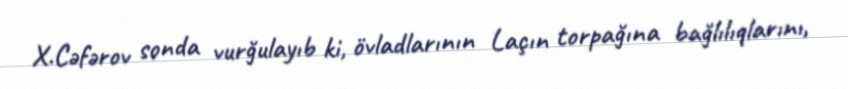
X.Cəfərov sonda vurğulayıb ki, övladlarının Laçın torpağına bağlılıqlarını,